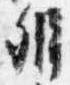
弁